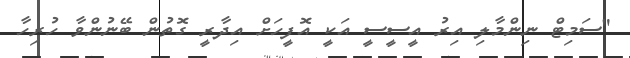
"ސަމިޓް ނިންމާލި އިރު އީސީސީ އަކީ އޮފީހަށް އިދާރީ ގޮތުން ބޭނުންވާ ހުރިހާ